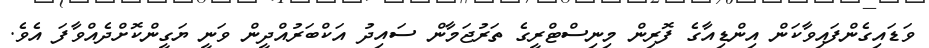
ވަޑައިގެންފައިވާކަން އިންޑިއާގެ ފޮރިން މިނިސްޓްރީގެ ތަރުޖަމާން ސައިދު އަކްބަރުއްދީން ވަނީ ޔަގީންކޮށްދެއްވާފަ އެވެ.